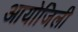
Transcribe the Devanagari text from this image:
आयोजिली